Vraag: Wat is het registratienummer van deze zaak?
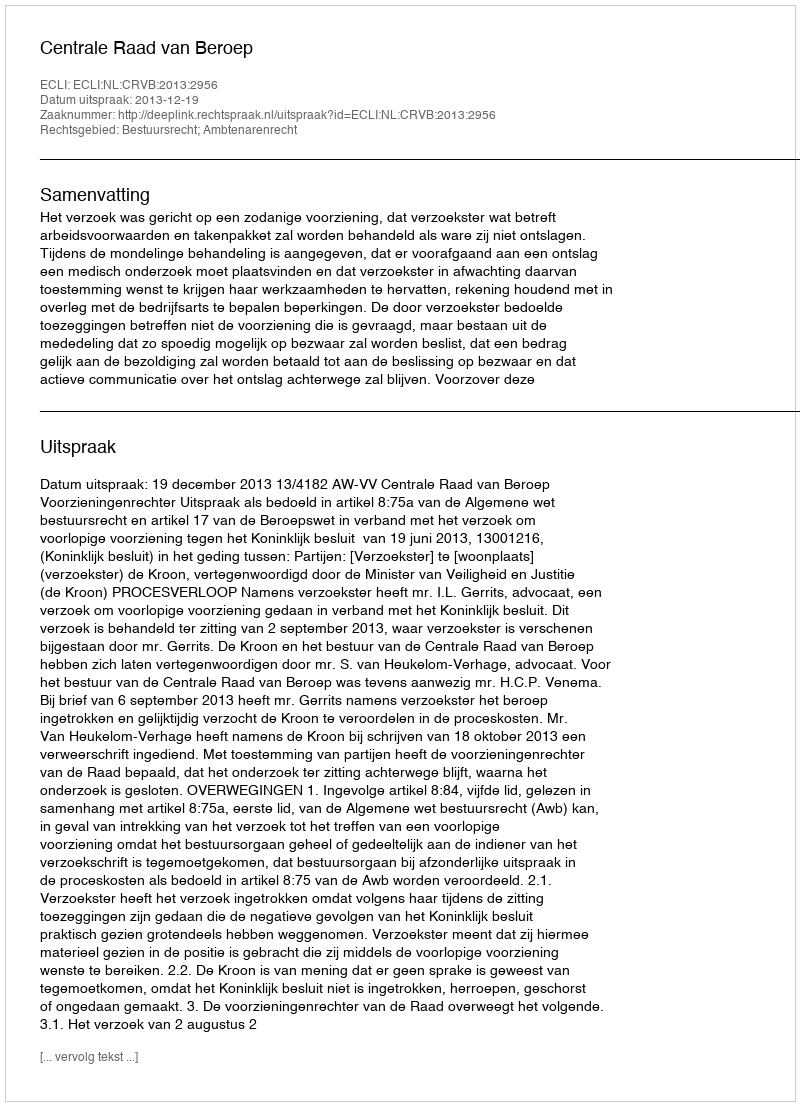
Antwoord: http://deeplink.rechtspraak.nl/uitspraak?id=ECLI:NL:CRVB:2013:2956